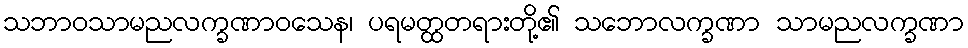
သဘာဝသာမညလက္ခဏာဝသေန၊ ပရမတ္ထတရားတို့၏ သဘောလက္ခဏာ သာမညလက္ခဏာ